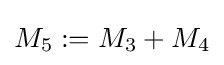
M_{5}:=M_{3}+M_{4}